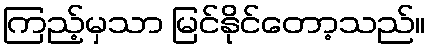
ကြည့်မှသာ မြင်နိုင်တော့သည်။